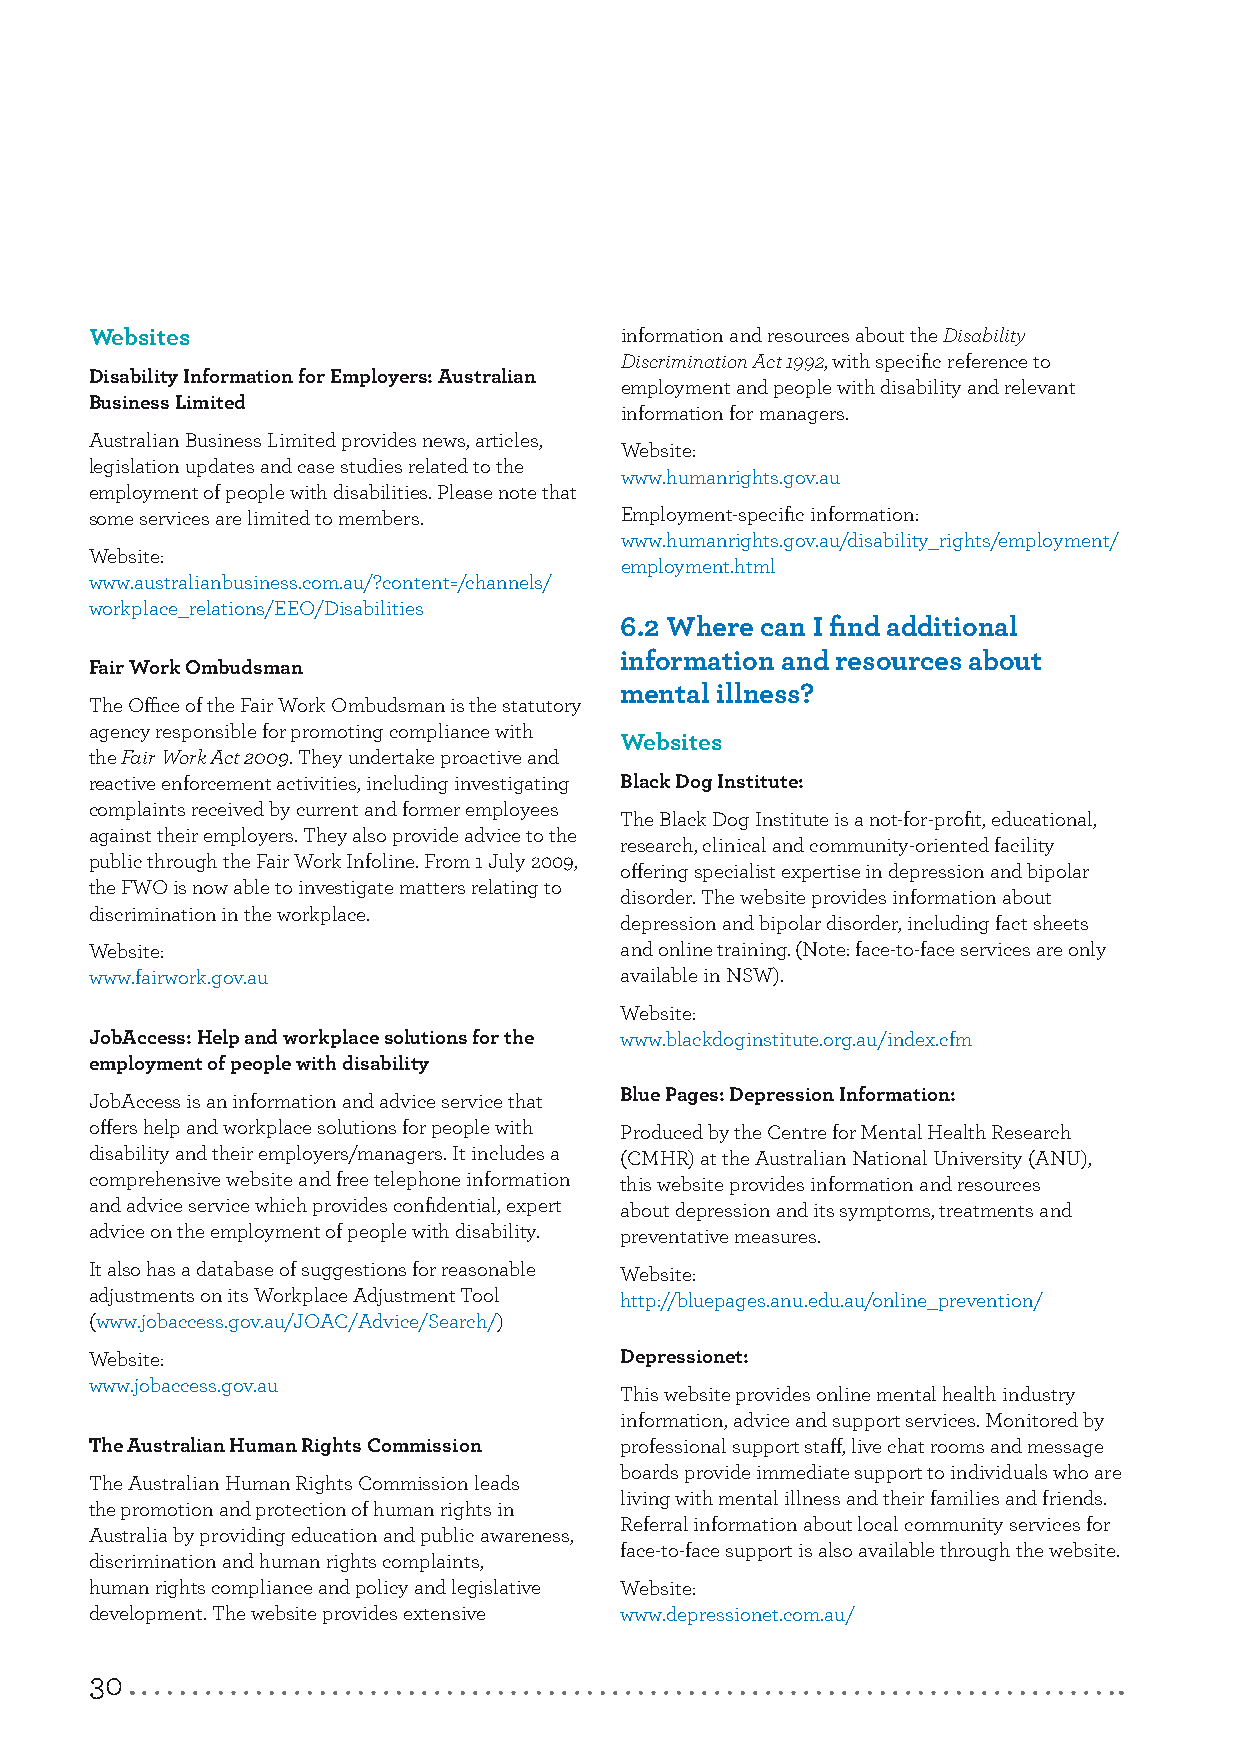
Websites                           information and resources about the Disability
 Discrimination Act 1992, with specific reference to
 Disability Information for Employers: Australian
 employment and people with disability and relevant
 Business Limited
 information for managers.
 Australian Business Limited provides news, articles,
 Website:
 legislation updates and case studies related to the
 www.humanrights.gov.au
 employment of people with disabilities. Please note that
 some services are limited to members. Employment-specific information:
 www.humanrights.gov.au/disability_rights/employment/
 Website:
 employment.html
 www.australianbusiness.com.au/?content=/channels/
 workplace_relations/EEO/Disabilities
 6.2 Where can I find additional
 information and resources about
 Fair Work Ombudsman
 mental illness?
 The Office of the Fair Work Ombudsman is the statutory
 agency responsible for promoting compliance with
 Websites
 the Fair Work Act 2009. They undertake proactive and
 reactive enforcement activities, including investigating Black Dog Institute:
 complaints received by current and former employees
 The Black Dog Institute is a not-for-profit, educational,
 against their employers. They also provide advice to the
 research, clinical and community-oriented facility
 public through the Fair Work Infoline. From 1 July 2009,
 offering specialist expertise in depression and bipolar
 the FWO is now able to investigate matters relating to
 disorder. The website provides information about
 discrimination in the workplace.
 depression and bipolar disorder, including fact sheets
 Website:                           and online training. (Note: face-to-face services are only
 www.fairwork.gov.au                available in NSW).
 Website:
 JobAccess: Help and workplace solutions for the www.blackdoginstitute.org.au/index.cfm
 employment of people with disability
 JobAccess is an information and advice service that Blue Pages: Depression Information:
 offers help and workplace solutions for people with Produced by the Centre for Mental Health Research
 disability and their employers/managers. It includes a (CMHR) at the Australian National University (ANU),
 comprehensive website and free telephone information this website provides information and resources
 and advice service which provides confidential, expert about depression and its symptoms, treatments and
 advice on the employment of people with disability. preventative measures.
 It also has a database of suggestions for reasonable Website:
 adjustments on its Workplace Adjustment Tool http://bluepages.anu.edu.au/online_prevention/
 (www.jobaccess.gov.au/JOAC/Advice/Search/)
 Website:                           Depressionet:
 www.jobaccess.gov.au
 This website provides online mental health industry
 information, advice and support services. Monitored by
 The Australian Human Rights Commission professional support staff, live chat rooms and message
 boards provide immediate support to individuals who are
 The Australian Human Rights Commission leads
 living with mental illness and their families and friends.
 the promotion and protection of human rights in
 Referral information about local community services for
 Australia by providing education and public awareness,
 face-to-face support is also available through the website.
 discrimination and human rights complaints,
 human rights compliance and policy and legislative Website:
 development. The website provides extensive www.depressionet.com.au/
 30